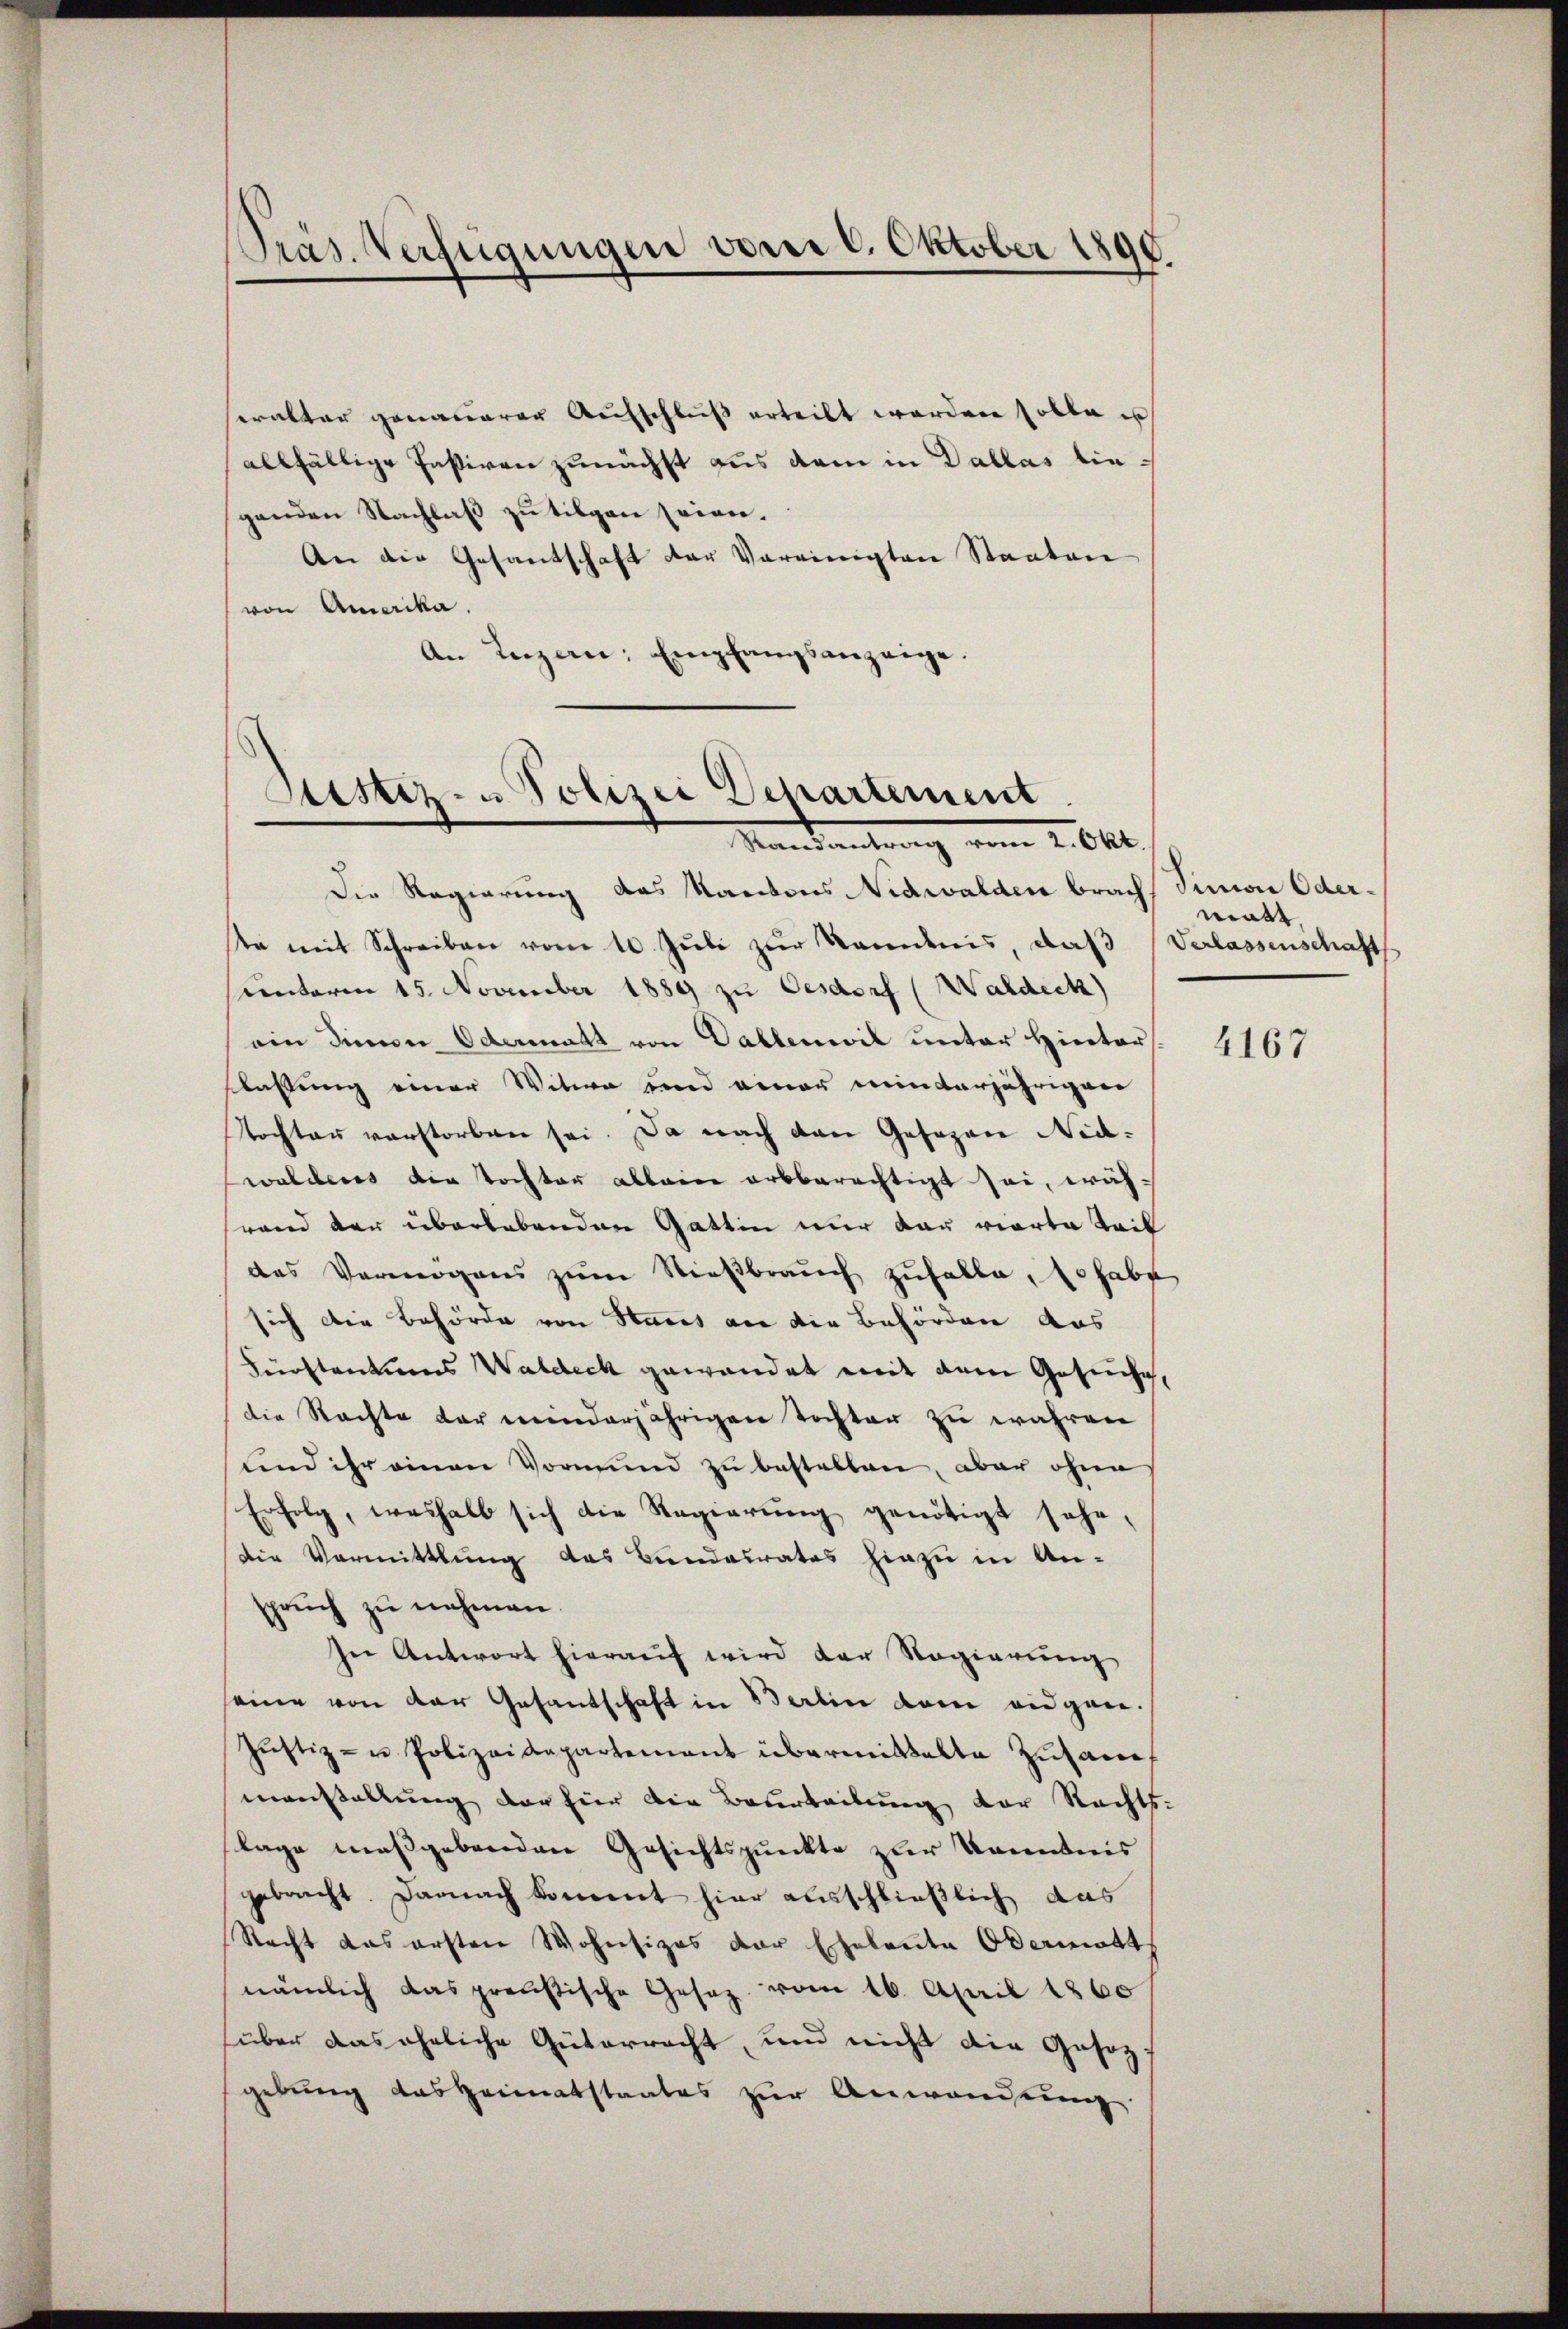
Präs. Verfügungen vom 6. Oktober 1890

ealter genauerer Aufschleiß erteilt worden solle is
allfällige Paßiven zunächst aus dem in Dallas die
genden Nachlaß zu tilgen seien.
An die Gesandschaft der Vereinigten Staaten
von Amerika.
An Luzern: Empfangsanzeige.

Sistiz- u Polizei Departement.
Mandantrag vom 2. Okt.

Die Regierung das Kantons Nidwalden brach, Simon Oderta mit Schreiben vom 10. Jŭli zŭr Kemnis, daß Verlassenschaft
sunteren 15. November 1889 zu Gesdorf (Waldeck)
ain dienen Odermatt von Dalbenwil unter Hinter
staltung einer Witwe und einer minderjährigen
Tochter verstorben sei. Da nach den Gesezen Nidwalderes die Tochter allein arbberechtigt sei, wäh-
rand der überlebenden Gattin nur dar vierte Teil
des Vermögens zum Stieβbraŭch zufalle, so habe
sich die Behörde von Hares an die Behörden das
Fürstentions Waldeck gewandet mit dem Gesuche,
die Rachte der minderjährigen Tochter zu wahren
und ihr einen Vormund zu bestallen, aber ohne
Erfolg, weshalb sich die Regierung genötigt sehe,
Die Vormittlung des Bundesrates hinzu in An-
spruch zu nehmen.
In Antwort hierauf wird der Regierung
seine von der Gesandschaft in Berlin der wie gan¬
Jŭstiz- u Polizeidepartement übermittelte Zŭsaṁel
manstellung der hier die Beurteilung der Rechts-
lage maßgebenden Gesichtspunkte zur Kenntnis
gebracht. Darnach kommt hier ausschließlich das
Nacht das ersten Wohnsizes der Eheleute Obermatt
nämlich das preußische Gesetz vom 16. April 1860
über das eheliche Güterracht, und nicht die Gesetz
gebung das Heimatstaates zur Anwendung

matt

4167